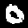
Label: 0